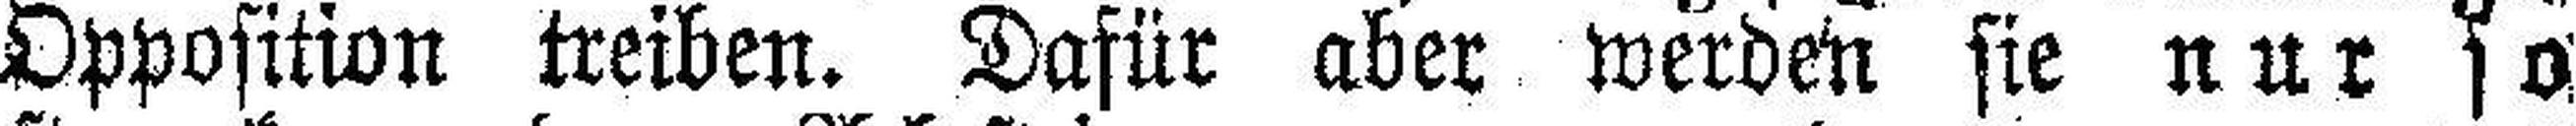
Opposition treiben. Dafür aber werden sie nur so